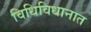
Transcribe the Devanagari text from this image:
विधिविधानात